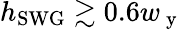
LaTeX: h_{\mathrm{SWG}}\gtrsim 0.6w_{\mathrm{~y~}}